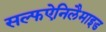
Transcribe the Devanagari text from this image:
सल्फऐनिलैमाइड